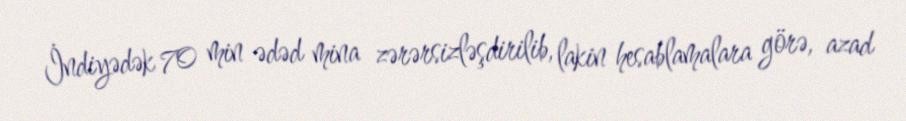
İndiyədək 70 min ədəd mina zərərsizləşdirilib, lakin hesablamalara görə, azad